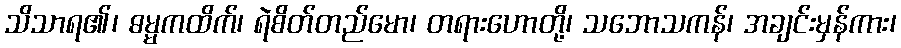
သိသာရ၏၊ ဓမ္မကထိက်၊ ရဲစိတ်တည်မော၊ တရားဟောတို့၊ သဘောသကန်၊ အချင်းမှန်ကား၊